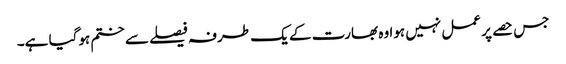
جس حصے پر عمل نہیں ہوا وہ بھارت کے یک طرفہ فیصلے سے ختم ہوگیا ہے۔